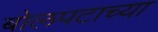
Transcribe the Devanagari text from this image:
बोलपटाच्या